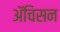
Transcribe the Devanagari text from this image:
ॲचिसन